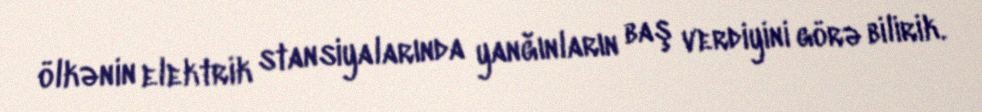
ölkənin elektrik stansiyalarında yanğınların baş verdiyini görə bilirik.